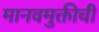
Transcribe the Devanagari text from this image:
मानवमुक्तीची